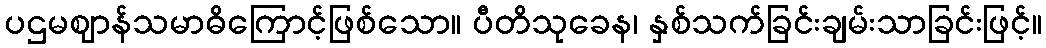
ပဌမဈာန်သမာဓိကြောင့်ဖြစ်သော။ ပီတိသုခေန၊ နှစ်သက်ခြင်းချမ်းသာခြင်းဖြင့်။